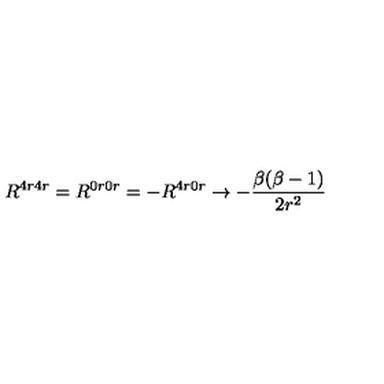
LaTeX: R ^ { 4 r 4 r } = R ^ { 0 r 0 r } = - R ^ { 4 r 0 r } \rightarrow - \frac { \beta ( \beta - 1 ) } { 2 r ^ { 2 } }